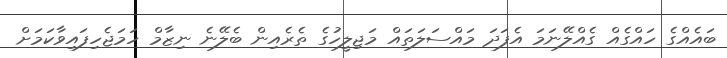
ބައެއްގެ ހައްގެއް ގެއްލޭނަމަ އެފަދަ މައްސަލަތައް މަޖިލީހުގެ ތެރެއިން ބެލޭނެ ނިޒާމް ހަމަޖެހިފައިވާކަމަށް